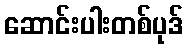
ဆောင်းပါးတစ်ပုဒ်